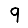
Digit: 9